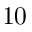
1 0